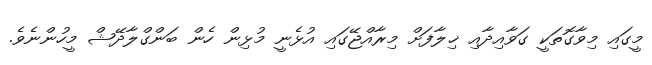
މީގައި މިވާގޮތަކީ ގަވާއިދާއި ޚިލާފަށް މިރާއްޖޭގައި އުޅެނީ މުޅިން ހެން ބަންގްލާދޭޝް މީހުންނެވެ.